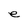
Character: e